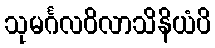
သုမင်္ဂလဝိလာသိနိယံပိ